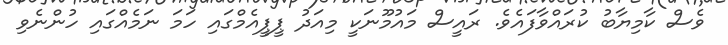
ވެސް ކާމިޔާބު ކުރައްވާފައެވެ. ރައީސް މައުމޫނަކީ މިއަދު ޕީޕީއެމްގައި ހަމަ ނަމެއްގައި ހުންނެވި